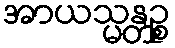
အာယသ္မန္တဉ္စ